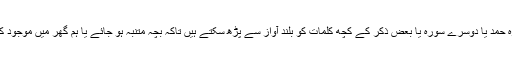
ہم کبھی اثنائے نماز میں بچہ کو کوئی خطرناک کام کرتے ہوئے دیکھتے ہیں تو کیا سورہ حمد یا دوسرے سورہ یا بعض ذکر کے کچھ کلمات کو بلند آواز سے پڑھ سکتے ہیں تاکہ بچہ متنبہ ہو جائے یا ہم گھر میں موجود کسی شخص کو ملتفت کریں اور اسے خطرہ سے خبردار کر دیں تاکہ خطرہ رفع ہو جائے؟